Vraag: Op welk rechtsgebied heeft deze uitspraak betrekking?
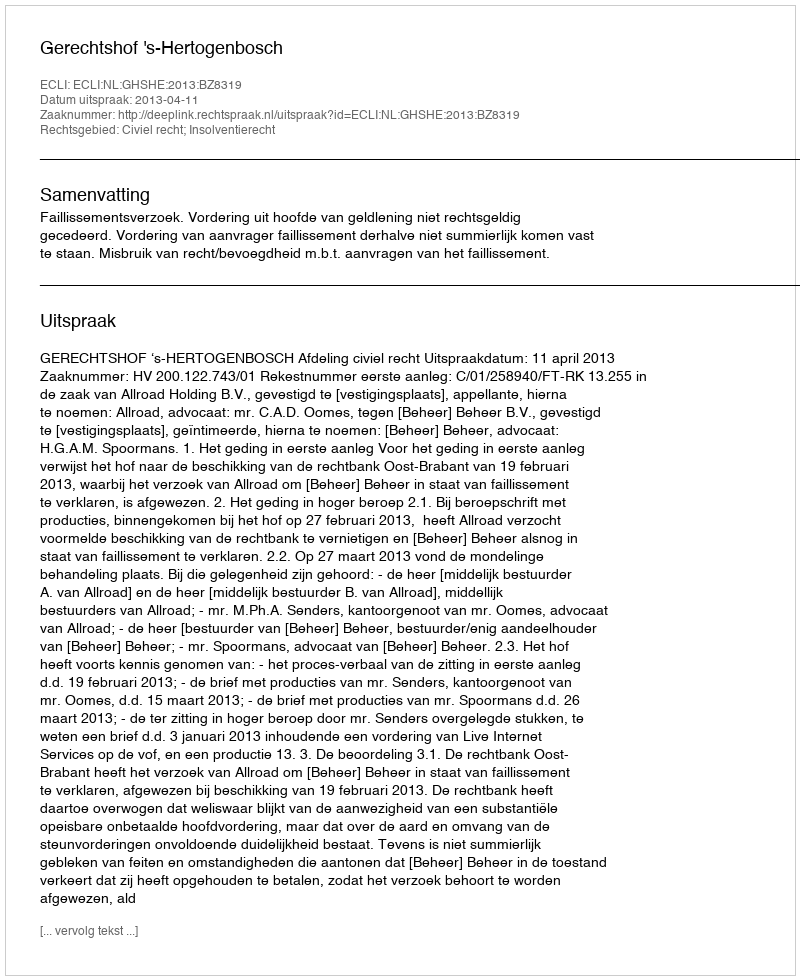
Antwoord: Civiel recht; Insolventierecht